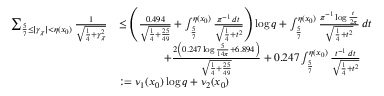
\begin{array} { r l } { \sum _ { \frac { 5 } { 7 } \leq | \gamma _ { \chi } | < \eta ( x _ { 0 } ) } \frac { 1 } { \sqrt { \frac { 1 } { 4 } + \gamma _ { \chi } ^ { 2 } } } } & { \leq \left( \frac { 0 . 4 9 4 } { \sqrt { \frac { 1 } { 4 } + \frac { 2 5 } { 4 9 } } } + \int _ { \frac { 5 } { 7 } } ^ { \eta ( x _ { 0 } ) } \frac { \pi ^ { - 1 } \, d t } { \sqrt { \frac { 1 } { 4 } + t ^ { 2 } } } \right) \log { q } + \int _ { \frac { 5 } { 7 } } ^ { \eta ( x _ { 0 } ) } \frac { \pi ^ { - 1 } \log \frac { t } { 2 \pi } } { \sqrt { \frac { 1 } { 4 } + t ^ { 2 } } } \, d t } \\ & { \qquad \qquad + \frac { 2 \left( 0 . 2 4 7 \log { \frac { 5 } { 1 4 \pi } } + 6 . 8 9 4 \right) } { \sqrt { \frac { 1 } { 4 } + \frac { 2 5 } { 4 9 } } } + 0 . 2 4 7 \int _ { \frac { 5 } { 7 } } ^ { \eta ( x _ { 0 } ) } \frac { t ^ { - 1 } \, d t } { \sqrt { \frac { 1 } { 4 } + t ^ { 2 } } } } \\ & { : = \nu _ { 1 } ( x _ { 0 } ) \log { q } + \nu _ { 2 } ( x _ { 0 } ) } \end{array}